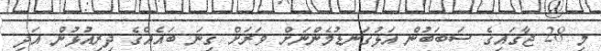
މި 28 ޖާގައިގެ ސަބަބުން އަޅުގަނޑުމެންނަށް ވަރަށް ގިނަ ބައެއްގެ ދިރިއުޅުން އަދި